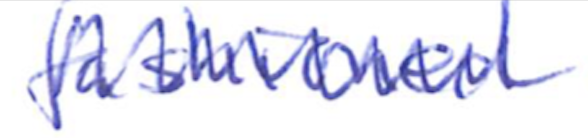
Text: fashioned
Cross-out: zig-zag
Writing tool: ballpoint